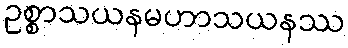
ဥစ္စာသယနမဟာသယနဿ